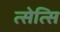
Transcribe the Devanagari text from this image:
त्सेत्सि